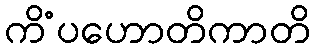
ကိံပဟောတိကာတိ